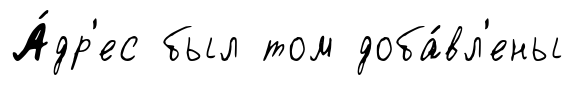
А́др'ес был том доба́вл'ены